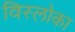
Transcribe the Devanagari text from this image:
विस्लोका